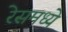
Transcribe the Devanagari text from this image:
रेसमध्ये